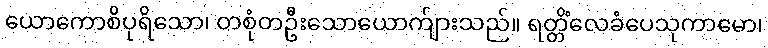
ယောကောစိပုရိသော၊ တစုံတဦးသောယောက်ျားသည်။ ရတ္တိံလေခံပေသုကာမော၊